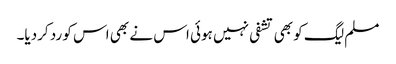
مسلم لیگ کو بھی تشفی نہیں ہوئی اس نے بھی اس کو رد کردیا۔